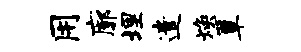
用廓埋遣焕簟